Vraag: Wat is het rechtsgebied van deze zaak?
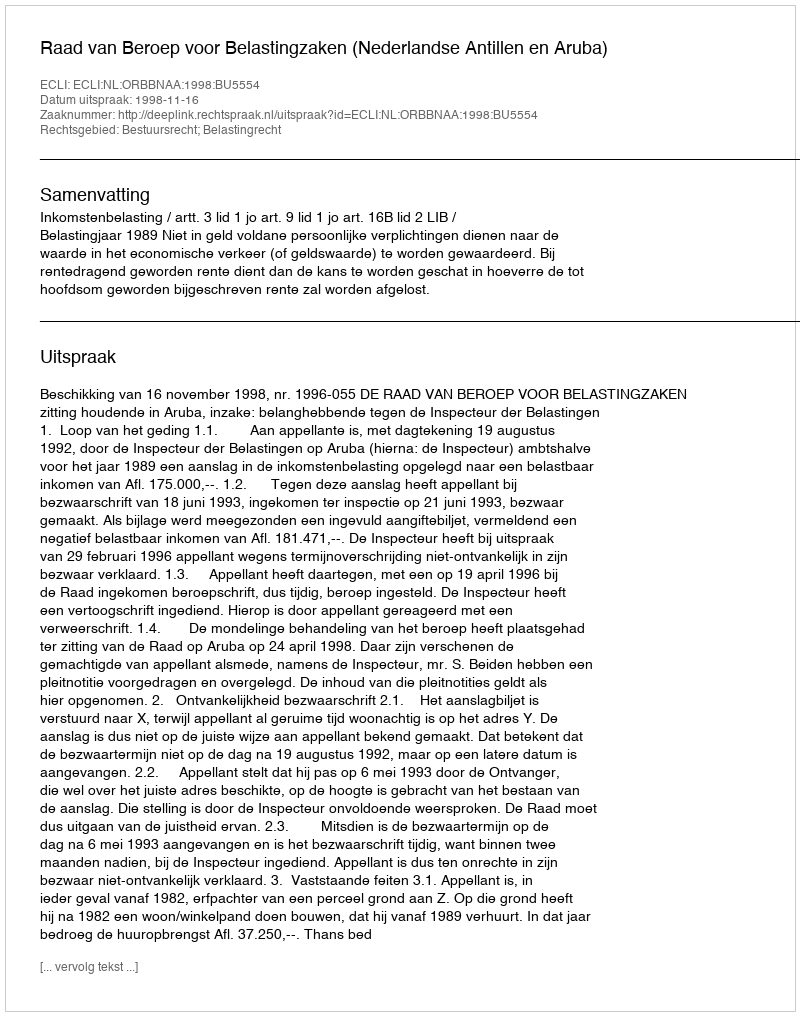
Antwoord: Bestuursrecht; Belastingrecht